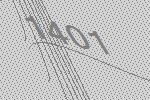
1401